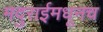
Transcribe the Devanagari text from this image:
मदुराईमधूनच